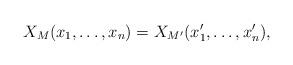
LaTeX: \begin{align*}X_M(x_1,\dots, x_n) = X_{M'}(x_1', \dots, x_n'),\end{align*}